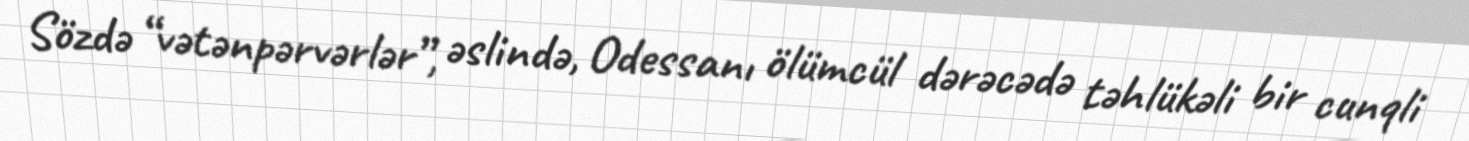
Sözdə “vətənpərvərlər”, əslində, Odessanı ölümcül dərəcədə təhlükəli bir cunqli